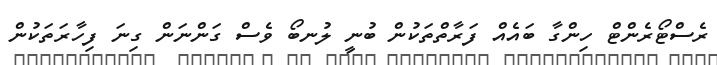
ރެސްޓޯރެންޓް ހިންގާ ބައެއް ފަރާތްތަކުން ބުނީ ލުނބޯ ވެސް ގަންނަން ގިނަ ފިހާރަތަކުން